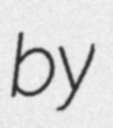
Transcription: by